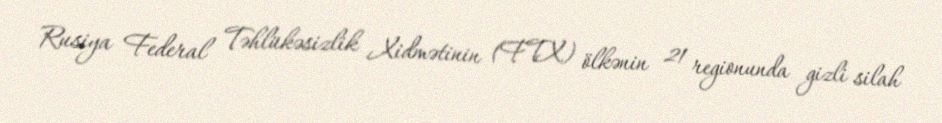
Rusiya Federal Təhlükəsizlik Xidmətinin (FTX) ölkənin 21 regionunda gizli silah